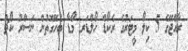
ރާއްޖޭގެ 5 ކިލޯ މީޓަރުގެ ރެކޯޑް ހޯލްޑަރ މޯޑާ ބެހޭގޮތުން ނަސްރު ކޯޗު